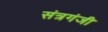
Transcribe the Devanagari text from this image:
संत्रगंजी